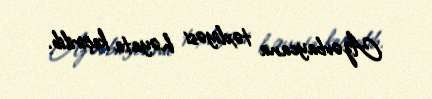
Azərbaycana təxliyəsi həyata keçirilib.